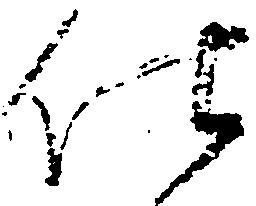
仕